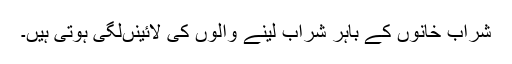
شراب خانوں کے باہر شراب لینے والوں کی لائینںلگی ہوتی ہیں۔